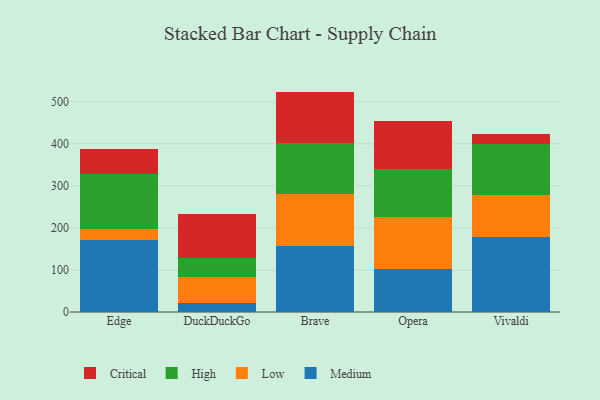
{"axis": {"x": "Browser", "y": "Demand Index"}, "legend": ["Critical", "High", "Low", "Medium"], "data": [{"x": "Edge", "y": 172.1, "type": "Medium"}, {"x": "Edge", "y": 24.5, "type": "Low"}, {"x": "Edge", "y": 132.3, "type": "High"}, {"x": "Edge", "y": 57.8, "type": "Critical"}, {"x": "DuckDuckGo", "y": 21.7, "type": "Medium"}, {"x": "DuckDuckGo", "y": 62.4, "type": "Low"}, {"x": "DuckDuckGo", "y": 43.7, "type": "High"}, {"x": "DuckDuckGo", "y": 105.4, "type": "Critical"}, {"x": "Brave", "y": 156.9, "type": "Medium"}, {"x": "Brave", "y": 123.5, "type": "Low"}, {"x": "Brave", "y": 122.4, "type": "High"}, {"x": "Brave", "y": 121.2, "type": "Critical"}, {"x": "Opera", "y": 101.4, "type": "Medium"}, {"x": "Opera", "y": 123.4, "type": "Low"}, {"x": "Opera", "y": 115.3, "type": "High"}, {"x": "Opera", "y": 114.2, "type": "Critical"}, {"x": "Vivaldi", "y": 177.7, "type": "Medium"}, {"x": "Vivaldi", "y": 101.0, "type": "Low"}, {"x": "Vivaldi", "y": 121.6, "type": "High"}, {"x": "Vivaldi", "y": 22.4, "type": "Critical"}]}